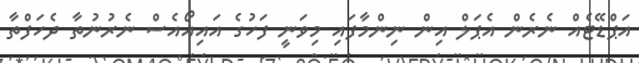
އަޕްޑޭޓެއް ނެރެން އެޕަލް އިން ނިންމާފައި މިވަނީ ފަހުގެ އައިއޯއެސް ނެރުނުތާ ދެހަފްތާ